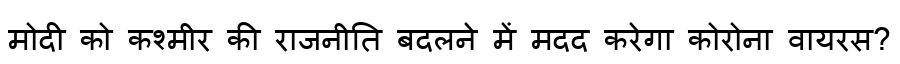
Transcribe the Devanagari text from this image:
मोदी को कश्मीर की राजनीति बदलने में मदद करेगा कोरोना वायरस?